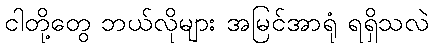
ငါတို့တွေ ဘယ်လိုများ အမြင်အာရုံ ရရှိသလဲ